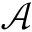
\mathcal { A }